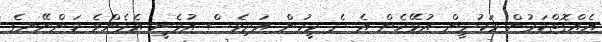
އެއްގޮތްކަމުން ޅަކުދީން އުޅޭހެން އެ ދެ މީހުން އަދިވެސް އުޅެނީ އެހެންވެ ކަންނޭނގެ